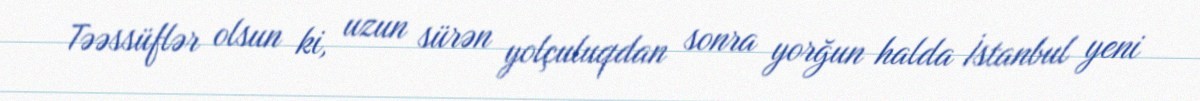
Təəssüflər olsun ki, uzun sürən yolçuluqdan sonra yorğun halda İstanbul yeni